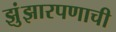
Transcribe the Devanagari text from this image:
झुंझारपणाची